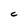
Character: C